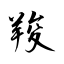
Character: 羧